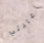
إعادتي